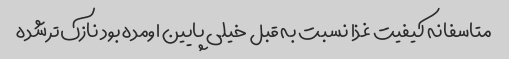
متاسفانه کیفیت غذا نسبت به قبل خیلی پایین اومده بود نازک‌تر شده